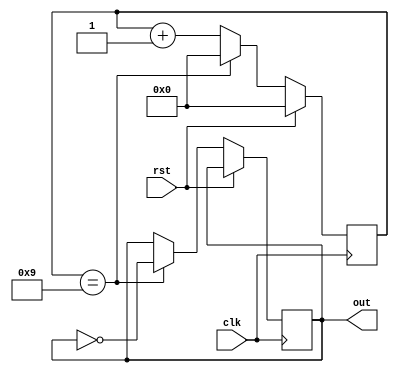
`timescale 1ns / 1ps
//////////////////////////////////////////////////////////////////////////////////
// Company: 
// Engineer: 
// 
// Design Name: 
// Module Name: Counter_10bit
// Project Name: 
// Target Devices: 
// Tool Versions: 
// Description: 
// 
// Dependencies: 
// 
// Revision:
// Revision 0.01 - File Created
// Additional Comments:
// 
//////////////////////////////////////////////////////////////////////////////////


module Counter_10bit(clk,rst,out);
    input clk,rst;
    output reg out=0;
    reg [3:0]count;

    always @(posedge clk) begin
        if(rst) count<=0;
        else begin
            if(count==9) begin
                count<=0;
                out=~out;
            end
            else count<=count+1;
        end
    end
endmodule